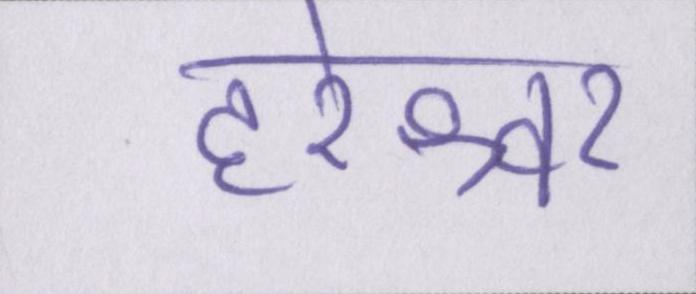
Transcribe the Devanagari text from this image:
हरेश्वर